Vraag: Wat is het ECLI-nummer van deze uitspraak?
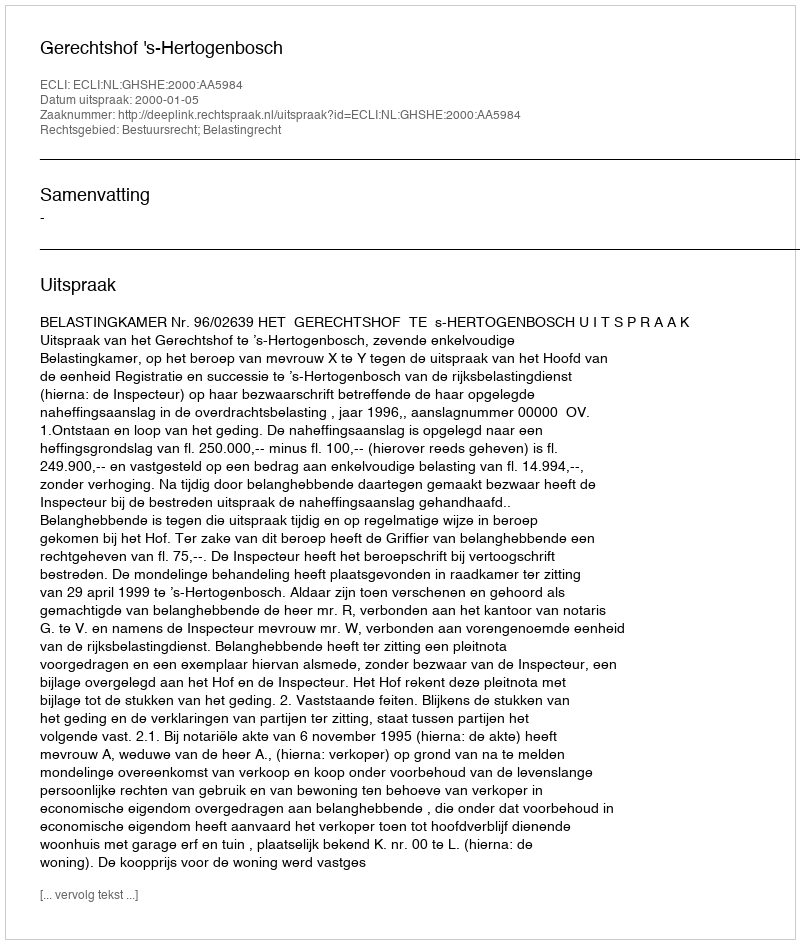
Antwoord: ECLI:NL:GHSHE:2000:AA5984